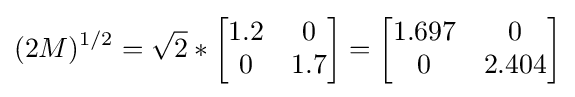
(2M)^{1/2}={\sqrt {2}}*{\begin{bmatrix}1.2&0\\0&1.7\end{bmatrix}}={\begin{bmatrix}1.697&0\\0&2.404\end{bmatrix}}